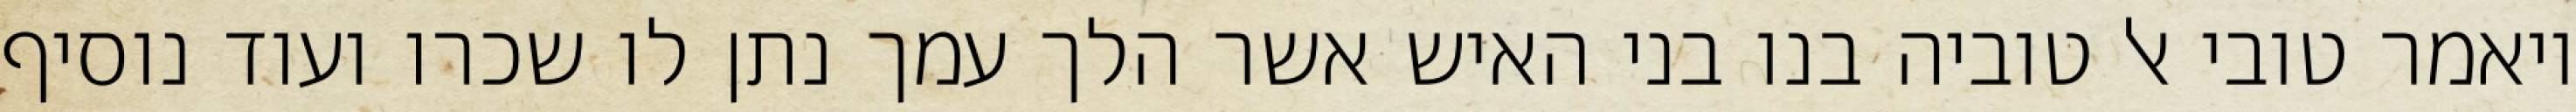
ויאמר טובי אל טוביה בנו בני האיש אשר הלך עמך נתן לו שכרו ועוד נוסיף